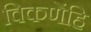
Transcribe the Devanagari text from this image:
विकणेंहि